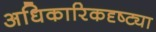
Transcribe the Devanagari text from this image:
अधिकारिकदृष्ट्या